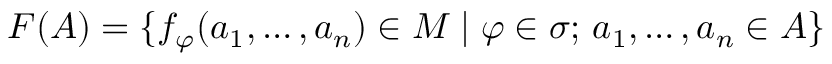
F ( A ) = \{ f _ { \varphi } ( a _ { 1 } , \dots , a _ { n } ) \in M \mid \varphi \in \sigma ; \, a _ { 1 } , \dots , a _ { n } \in A \}